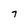
Character: 7